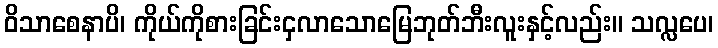
ဝိသာစေနာပိ၊ ကိုယ်ကိုစားခြင်းငှလာသောမြေဘုတ်ဘီးလူးနှင့်လည်း။ သလ္လပေ၊